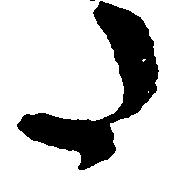
た